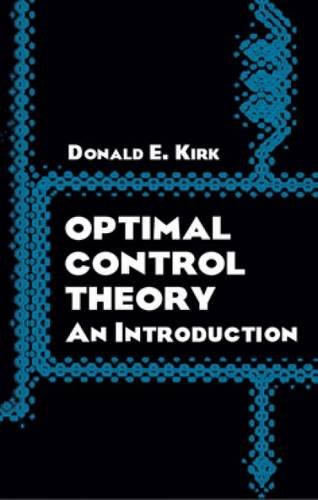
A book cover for Optimal Control Theory: An Introduction (Dover Books on Electrical Engineering); Donald E. Kirk; Computers & Technology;